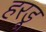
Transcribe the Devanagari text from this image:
हरडू